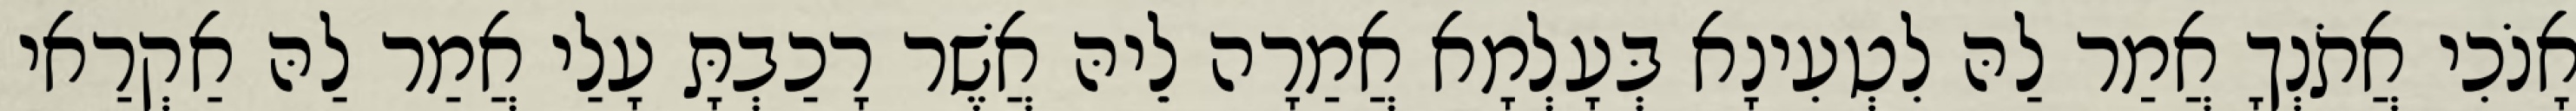
אָנֹכִי אֲתֹנְךָ אֲמַר לַהּ לִטְעִינָא בְּעָלְמָא אֲמַרָה לֵיהּ אֲשֶׁר רָכַבְתָּ עָלַי אֲמַר לַהּ אַקְרַאי